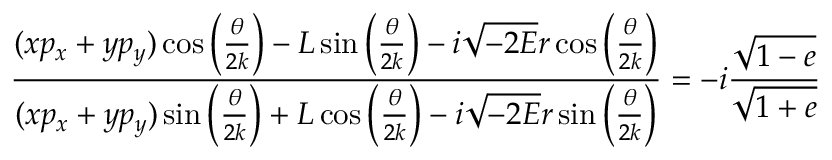
\frac { ( x p _ { x } + y p _ { y } ) \cos \left( \frac { \theta } { 2 k } \right) - L \sin \left( \frac { \theta } { 2 k } \right) - i \sqrt { - 2 E } r \cos \left( \frac { \theta } { 2 k } \right) } { ( x p _ { x } + y p _ { y } ) \sin \left( \frac { \theta } { 2 k } \right) + L \cos \left( \frac { \theta } { 2 k } \right) - i \sqrt { - 2 E } r \sin \left( \frac { \theta } { 2 k } \right) } = - i \frac { \sqrt { 1 - e } } { \sqrt { 1 + e } }